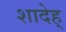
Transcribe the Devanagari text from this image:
शादेह्